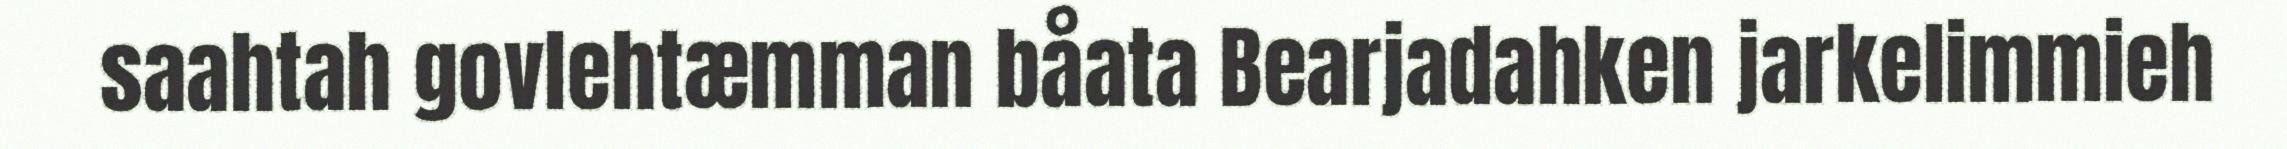
saahtah govlehtæmman båata Bearjadahken jarkelimmieh